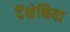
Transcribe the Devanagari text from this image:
देंक्षेनिया